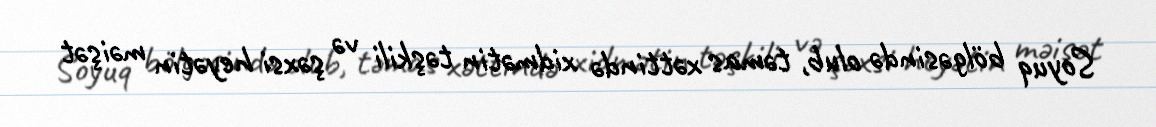
Soyuq bölgəsində olub, təmas xəttində xidmətin təşkili və şəxsi heyətin məişət